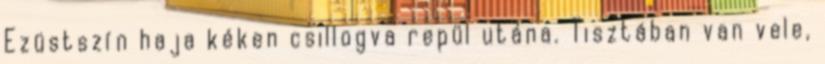
Ezüstszín haja kéken csillogva repül utána. Tisztában van vele,